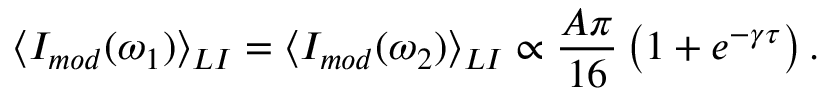
\langle I _ { m o d } ( \omega _ { 1 } ) \rangle _ { L I } = \langle I _ { m o d } ( \omega _ { 2 } ) \rangle _ { L I } \propto \frac { A \pi } { 1 6 } \left( 1 + e ^ { - \gamma \tau } \right) .